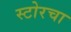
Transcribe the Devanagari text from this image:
स्टोरचा